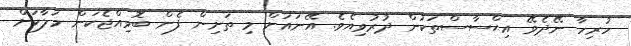
ހުރިހާ ނޭދެވޭ އިޙްސާސްތަކުން ދުރުވިއެވެ. އޭނައަށް މި ތަށިން ފެން ބޮވިއްޖެކަން މަލާކަށް